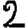
Digit: 2